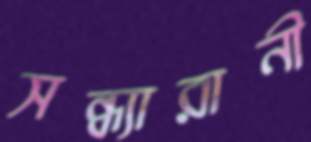
সন্ধ্যারানী